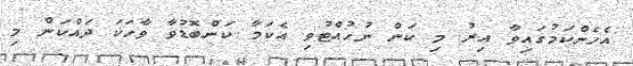
އެހެންކަމުގައިވާ އިރު މި ކަން ނުހުއްޓުވި އެކަމާ ކަންބޮޑުވާ ވާހަކަ ދައްކަން މި